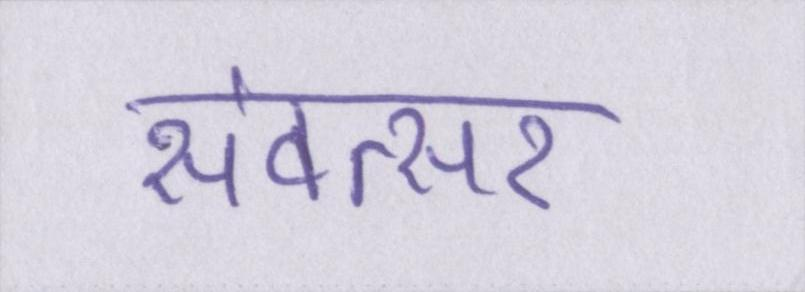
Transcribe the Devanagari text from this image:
संवत्सर